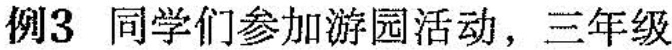
例3 同学们参加游园活动，三年级